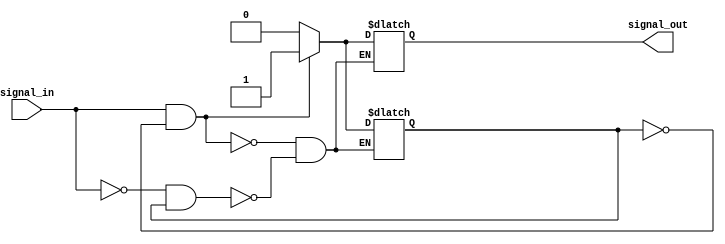
module schmitt_trigger_inverter (
    input wire signal_in,
    output reg signal_out
);

// Parameters for Schmitt trigger hysteresis levels
parameter THRESHOLD_HIGH = 1'b1;
parameter THRESHOLD_LOW = 1'b0;

// Internal state variable for hysteresis
reg hysteresis_state;

// Combinational logic for Schmitt trigger inverter
always @* begin
    if (signal_in && !hysteresis_state) begin
        signal_out <= THRESHOLD_HIGH;
        hysteresis_state <= 1'b1;
    end else if (!signal_in && hysteresis_state) begin
        signal_out <= THRESHOLD_LOW;
        hysteresis_state <= 1'b0;
    end
end

endmodule